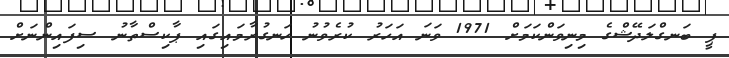
ޕީ ބަނގްލަދޭޝްގެ މިނިވަންކަމަށް 1971 ވަނަ އަހަރު ކުރެވުނު ހަނގުރާމައިގައި ޕާކިސްތާނު ސިފައިންނަށް